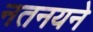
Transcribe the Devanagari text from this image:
नतनयने